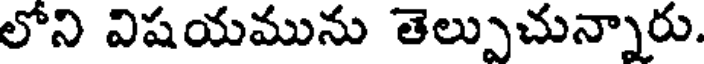
లోని విషయమును తెల్పుచున్నారు.